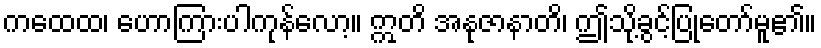
ကထေထ၊ ဟောကြားပါကုန်လော့။ ဣတိ အနုဇာနာတိ၊ ဤသို့ခွင့်ပြုတော်မူ၏။